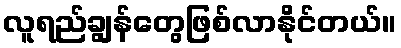
လူရည်ချွန်တွေဖြစ်လာနိုင်တယ်။